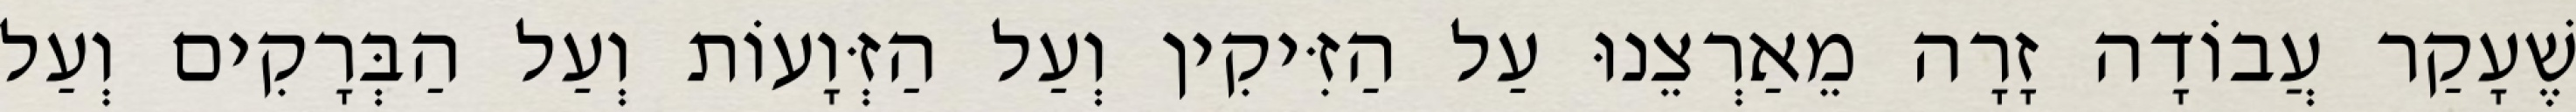
שֶׁעָקַר עֲבוֹדָה זָרָה מֵאַרְצֵנוּ עַל הַזִּיקִין וְעַל הַזְּוָעוֹת וְעַל הַבְּרָקִים וְעַל